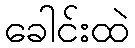
ခေါင်းထဲ